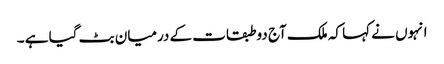
انہوں نے کہا کہ ملک آج دو طبقات کے درمیان بٹ گیا ہے ۔